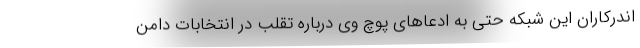
اندرکاران این شبکه حتی به ادعاهای پوچ وی درباره تقلب در انتخابات دامن